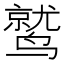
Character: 鹫